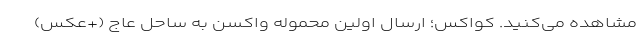
مشاهده می‌کنید. کواکس؛ ارسال اولین محموله واکسن به ساحل عاج (+عکس)